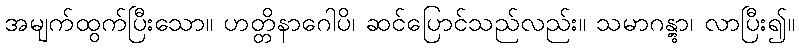
အမျက်ထွက်ပြီးသော။ ဟတ္တိနာဂေါပိ၊ ဆင်ပြောင်သည်လည်း။ သမာဂန္တွာ၊ လာပြီး၍။